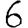
Digit: 6